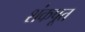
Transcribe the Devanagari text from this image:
शंकपूत